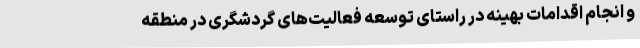
و انجام اقدامات بهینه در راستای توسعه فعالیت‌های گردشگری در منطقه